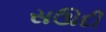
સઊદી